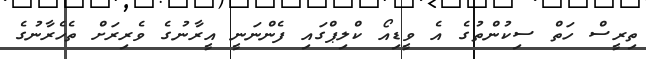
ތިރީސް ހަތް ސިކުންތުގެ އެ ވީޑިއޯ ކްލިޕްގައި ފެންނަނީ އީރާނުގެ ވެރިރަށް ތެހެރާނުގެ